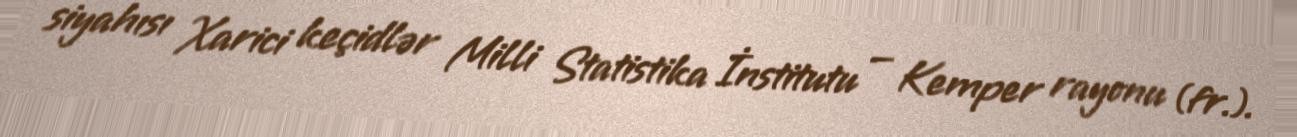
siyahısı Xarici keçidlər Milli Statistika İnstitutu — Kemper rayonu (fr.).